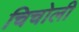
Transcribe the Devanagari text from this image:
चिचोली